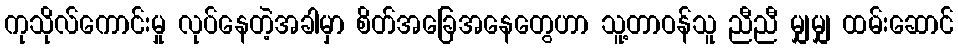
ကုသိုလ်ကောင်းမှု လုပ်နေတဲ့အခါမှာ စိတ်အခြေအနေတွေဟာ သူ့တာဝန်သူ ညီညီ မျှမျှ ထမ်းဆောင်